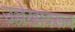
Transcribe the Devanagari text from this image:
उल्लेखावरून